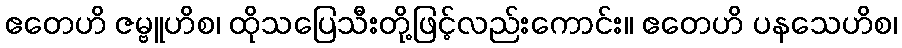
ဧတေဟိ ဇမ္ဗူဟိစ၊ ထိုသပြေသီးတို့ဖြင့်လည်းကောင်း။ ဧတေဟိ ပနသေဟိစ၊